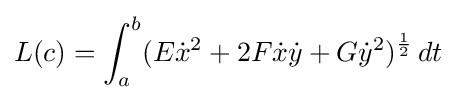
L(c)=\int _{a}^{b}(E{\dot {x}}^{2}+2F{\dot {x}}{\dot {y}}+G{\dot {y}}^{2})^{\frac {1}{2}}\,dt